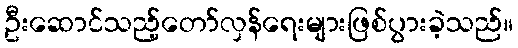
ဦးဆောင်သည့်တော်လှန်ရေးများဖြစ်ပွားခဲ့သည်။